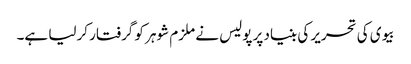
بیوی کی تحریر کی بنیاد پر پولیس نے ملزم شوہر کو گرفتار کرلیا ہے۔